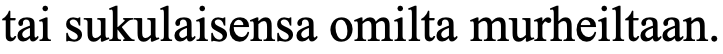
tai sukulaisensa omilta murheiltaan.